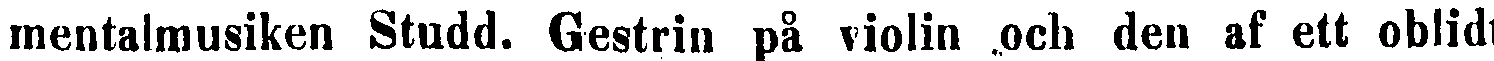
mentalmusiken Studd. Gestrin på violin och den af ett oblidt